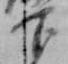
下